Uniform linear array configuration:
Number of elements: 32
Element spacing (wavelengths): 0.5
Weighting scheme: exponential
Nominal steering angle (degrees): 60
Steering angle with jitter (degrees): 58.071
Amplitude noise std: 0.05
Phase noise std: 0.05

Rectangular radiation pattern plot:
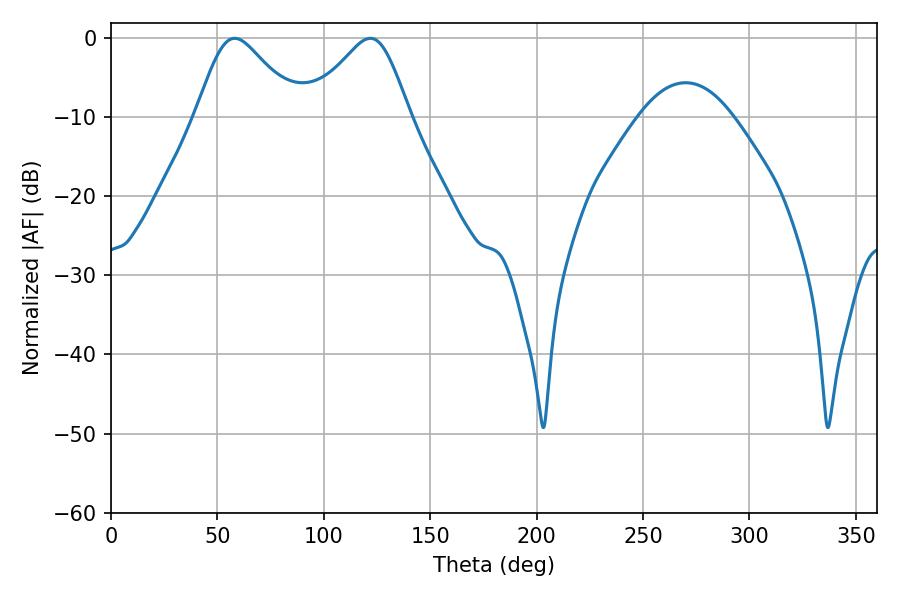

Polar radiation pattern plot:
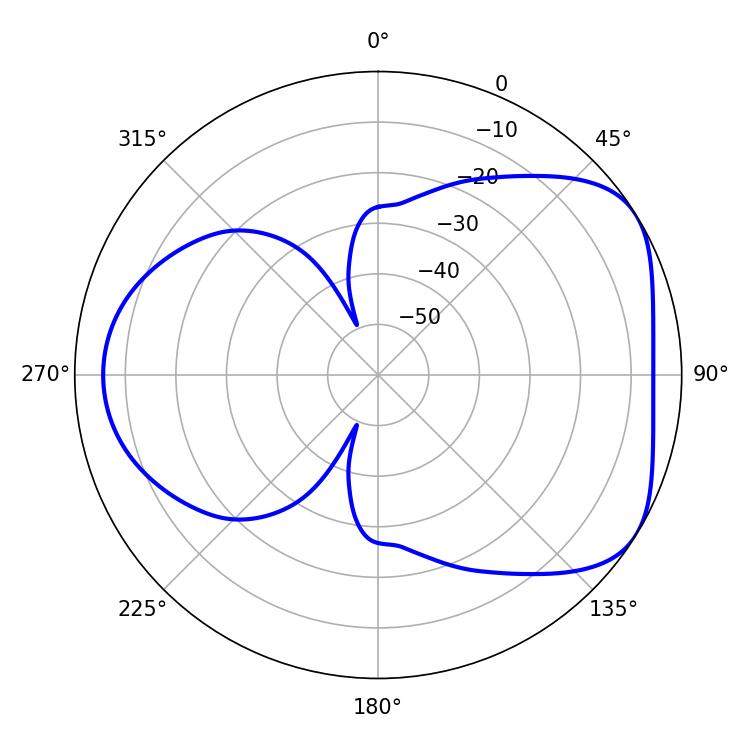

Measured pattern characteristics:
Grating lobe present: FALSE
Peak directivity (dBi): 4.834
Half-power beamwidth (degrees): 23.58
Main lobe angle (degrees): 58.14